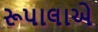
રૂપાલાએ